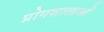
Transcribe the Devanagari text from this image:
प्रोगशालाओं